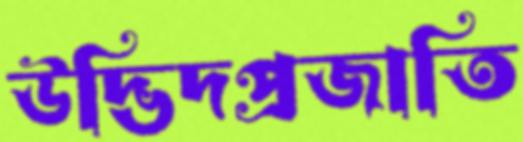
উদ্ভিদপ্রজাতি